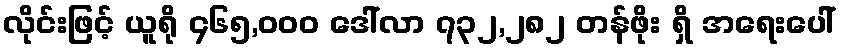
လိုင်းဖြင့် ယူရို ၄၆၅,၀၀၀ ဒေါ်လာ ၇၃၂,၂၈၂ တန်ဖိုး ရှိ အရေးပေါ်